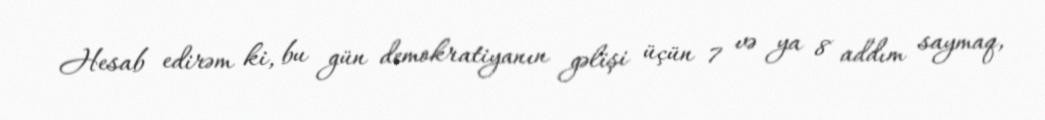
Hesab edirəm ki, bu gün demokratiyanın gəlişi üçün 7 və ya 8 addım saymaq,